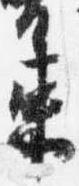
束